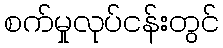
စက်မှုလုပ်ငန်းတွင်